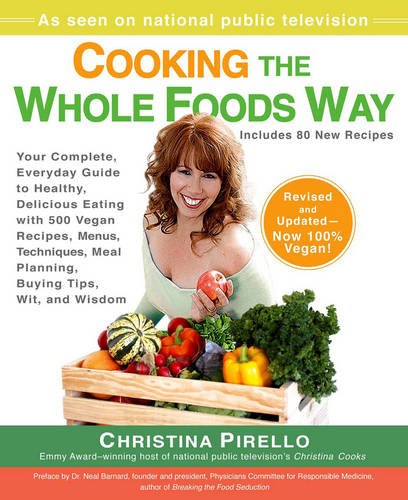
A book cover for Cooking the Whole Foods Way: Your Complete, Everyday Guide to Healthy, Delicious Eating with 500 VeganRecipes , Menus, Techniques, Meal Planning, Buying Tips, Wit, and Wisdom; Christina Pirello; Cookbooks, Food & Wine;